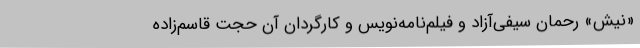
«نیش» رحمان سیفی‌آزاد و فیلم‌نامه‌نویس و کارگردان آن حجت قاسم‌زاده